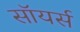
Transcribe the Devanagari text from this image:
सॉयर्स